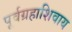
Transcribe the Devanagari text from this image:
पूर्वग्रहाशिवाय